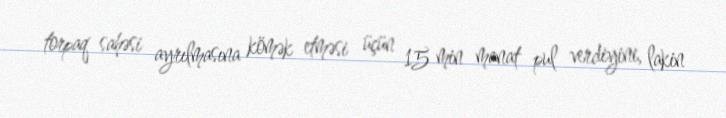
torpaq sahəsi ayrılmasına kömək etməsi üçün 15 min manat pul verdiyini, lakin